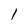
Character: 1